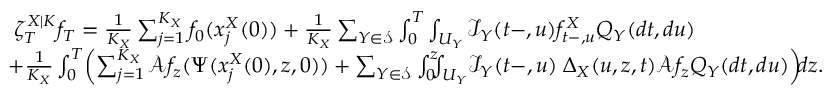
\begin{array} { r l } & { \angles { \zeta _ { T } ^ { X | K } } { f _ { T } } = \frac { 1 } { K _ { X } } \sum _ { j = 1 } ^ { K _ { X } } f _ { 0 } ( x _ { j } ^ { X } ( 0 ) ) + \frac { 1 } { K _ { X } } \sum _ { Y \in \mathcal { S } } \int _ { 0 } ^ { T } \int _ { U _ { Y } } \mathcal { I } _ { Y } ( t - , u ) f _ { t - , u } ^ { X } Q _ { Y } ( d t , d u ) } \\ & { + \frac { 1 } { K _ { X } } \int _ { 0 } ^ { T } \! \left( \sum _ { j = 1 } ^ { K _ { X } } \mathcal { A } f _ { z } ( \Psi ( x _ { j } ^ { X } ( 0 ) , z , 0 ) ) + \sum _ { Y \in \mathcal { S } } \int _ { 0 } ^ { z } \! \! \! \int _ { U _ { Y } } \! \mathcal { I } _ { Y } ( t - , u ) \angles { \Delta _ { X } ( u , z , t ) } { \mathcal { A } f _ { z } } Q _ { Y } ( d t , d u ) \right) \! \! d z . } \end{array}